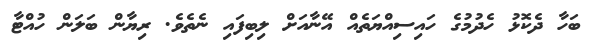
ބަހާ ދެކޮޅު ހެދުމުގެ ހައިސިއްޔަތެއް އޭނާއަށް ލިބިފައި ނެތެވެ. ރިޔާން ބަލަން ހުއްޓާ